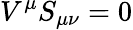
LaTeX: V^{\mu}S_{\mu\nu}=0